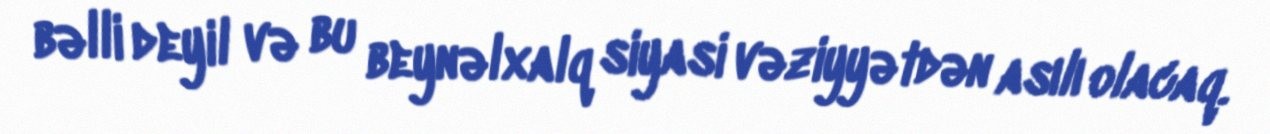
bəlli deyil və bu beynəlxalq siyasi vəziyyətdən asılı olacaq.